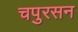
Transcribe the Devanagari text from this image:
चपुरसन